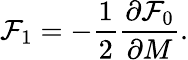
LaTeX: {\cal F}_{1}=-\frac{1}{2}\frac{\partial{\cal F}_{0}}{\partial M}.